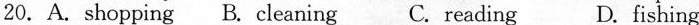
20.A. shopping B. cleaning C. reading D. fishing